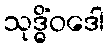
သုဒ္ဓိံဝဒေါ